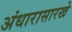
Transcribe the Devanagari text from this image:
अंधारासारखे